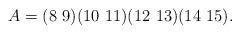
LaTeX: \begin{align*}A = (8\,\, 9)(10\,\, 11)(12\,\, 13)(14\,\, 15).\end{align*}